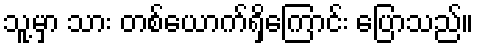
သူ့မှာ သား တစ်ယောက်ရှိကြောင်း ပြောသည်။